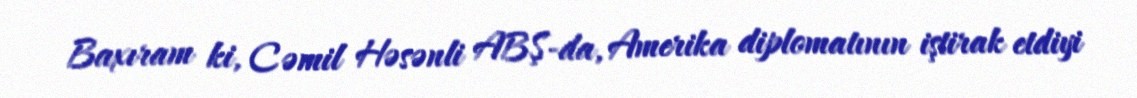
Baxıram ki, Cəmil Həsənli ABŞ-da, Amerika diplomatının iştirak etdiyi